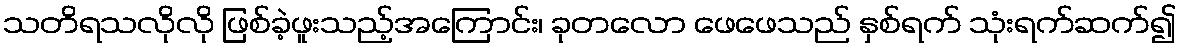
သတိရသလိုလို ဖြစ်ခဲ့ဖူးသည့်အကြောင်း၊ ခုတလော ဖေဖေသည် နှစ်ရက် သုံးရက်ဆက်၍